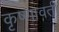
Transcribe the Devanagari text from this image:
कृष्णावती